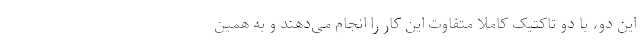
این دو، با دو تاکتیک کاملاً متفاوت این کار را انجام می‌دهند و به همین